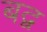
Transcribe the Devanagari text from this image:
बद्व